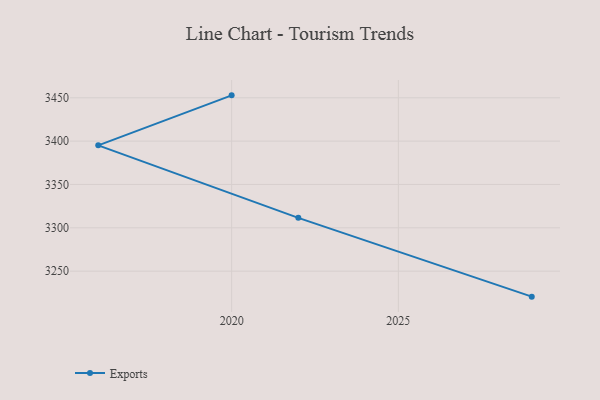
{"axis": {"x": "Year", "y": "Gross Profit (USD K)"}, "legend": ["Exports"], "data": [{"x": "2020", "y": 3452.8, "type": "Exports"}, {"x": "2016", "y": 3395.1, "type": "Exports"}, {"x": "2022", "y": 3311.5, "type": "Exports"}, {"x": "2029", "y": 3220.6, "type": "Exports"}]}